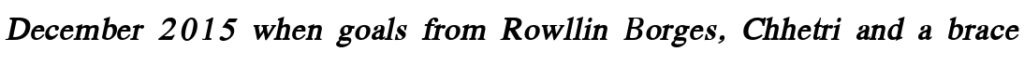
December 2015 when goals from Rowllin Borges, Chhetri and a brace